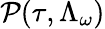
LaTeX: \mathcal{P}(\tau,\Lambda_{\omega})